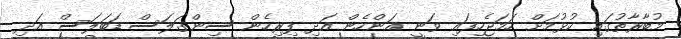
މުބާރާތުގައި ކުޅުމަށް ހަމަޖެހިފައި ވަނީ އަންހެން އަދި ފިރިހެން ސިންގަލަސް ޑަބަލަސް އަދި